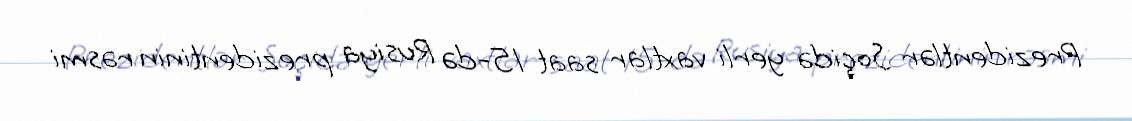
Prezidentlər Soçidə yerli vaxtlar saat 15-də Rusiya prezidentinin rəsmi